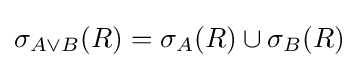
\sigma _{A\lor B}(R)=\sigma _{A}(R)\cup \sigma _{B}(R)